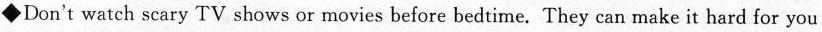
◆Don't watch scary TV shows or movies before bedtime. They can make it hard for you